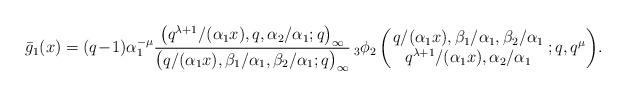
\begin{align*}\bar{g}_1(x) &= (q\!-\!1)\alpha_1^{-\mu}\frac{\big(q^{\lambda+1}/(\alpha_1 x), q, \alpha_2/\alpha_1;q\big)_{\infty}}{\big(q/(\alpha_1 x), \beta_1/\alpha_1, \beta_2/\alpha_1 ;q\big)_{\infty}} \,{}_3\phi_2 \left(\!\! \begin{array}{c} q/(\alpha_1 x), \beta_1/\alpha_1, \beta_2/\alpha_1\\ q^{\lambda+1}/(\alpha_1 x), \alpha_2/\alpha_1 \end{array}\! ;q,q^{\mu} \right)\! .\end{align*}